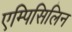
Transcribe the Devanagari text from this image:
एम्पिसिलिन